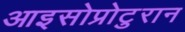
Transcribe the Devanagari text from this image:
आइसोप्रोटुरान